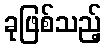
ခုဖြစ်သည့်